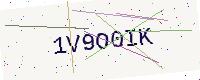
Text: 1V9O0IK